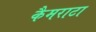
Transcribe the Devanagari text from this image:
कैमराटा